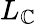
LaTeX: L_{\mathbb{C}}